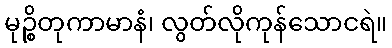
မုဉ္စိတုကာမာနံ၊ လွတ်လိုကုန်သောငရဲ။